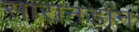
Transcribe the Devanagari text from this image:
सारानडॉन